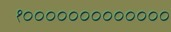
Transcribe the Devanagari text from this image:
१०००००००००००००